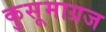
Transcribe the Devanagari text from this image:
कुसूमाग्रज